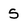
Character: 5